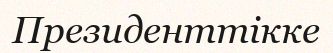
Президенттікке